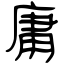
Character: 庸